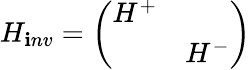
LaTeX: H_{\mathbf{i}nv}=\left(\begin{array}{cc}{{H^{+}}}&{{\mathrm{}}}\\ {{\mathrm{}}}&{{H^{-}}}\end{array}\right)